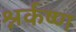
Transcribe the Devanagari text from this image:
श्नर्कष्ण